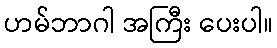
ဟမ်ဘာဂါ အကြီး ပေးပါ။